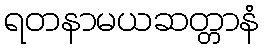
ရတနာမယဆတ္တာနံ